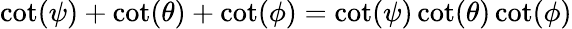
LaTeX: \cot(\psi)+\cot(\theta)+\cot(\phi)=\cot(\psi)\cot(\theta)\cot(\phi)